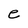
Character: e